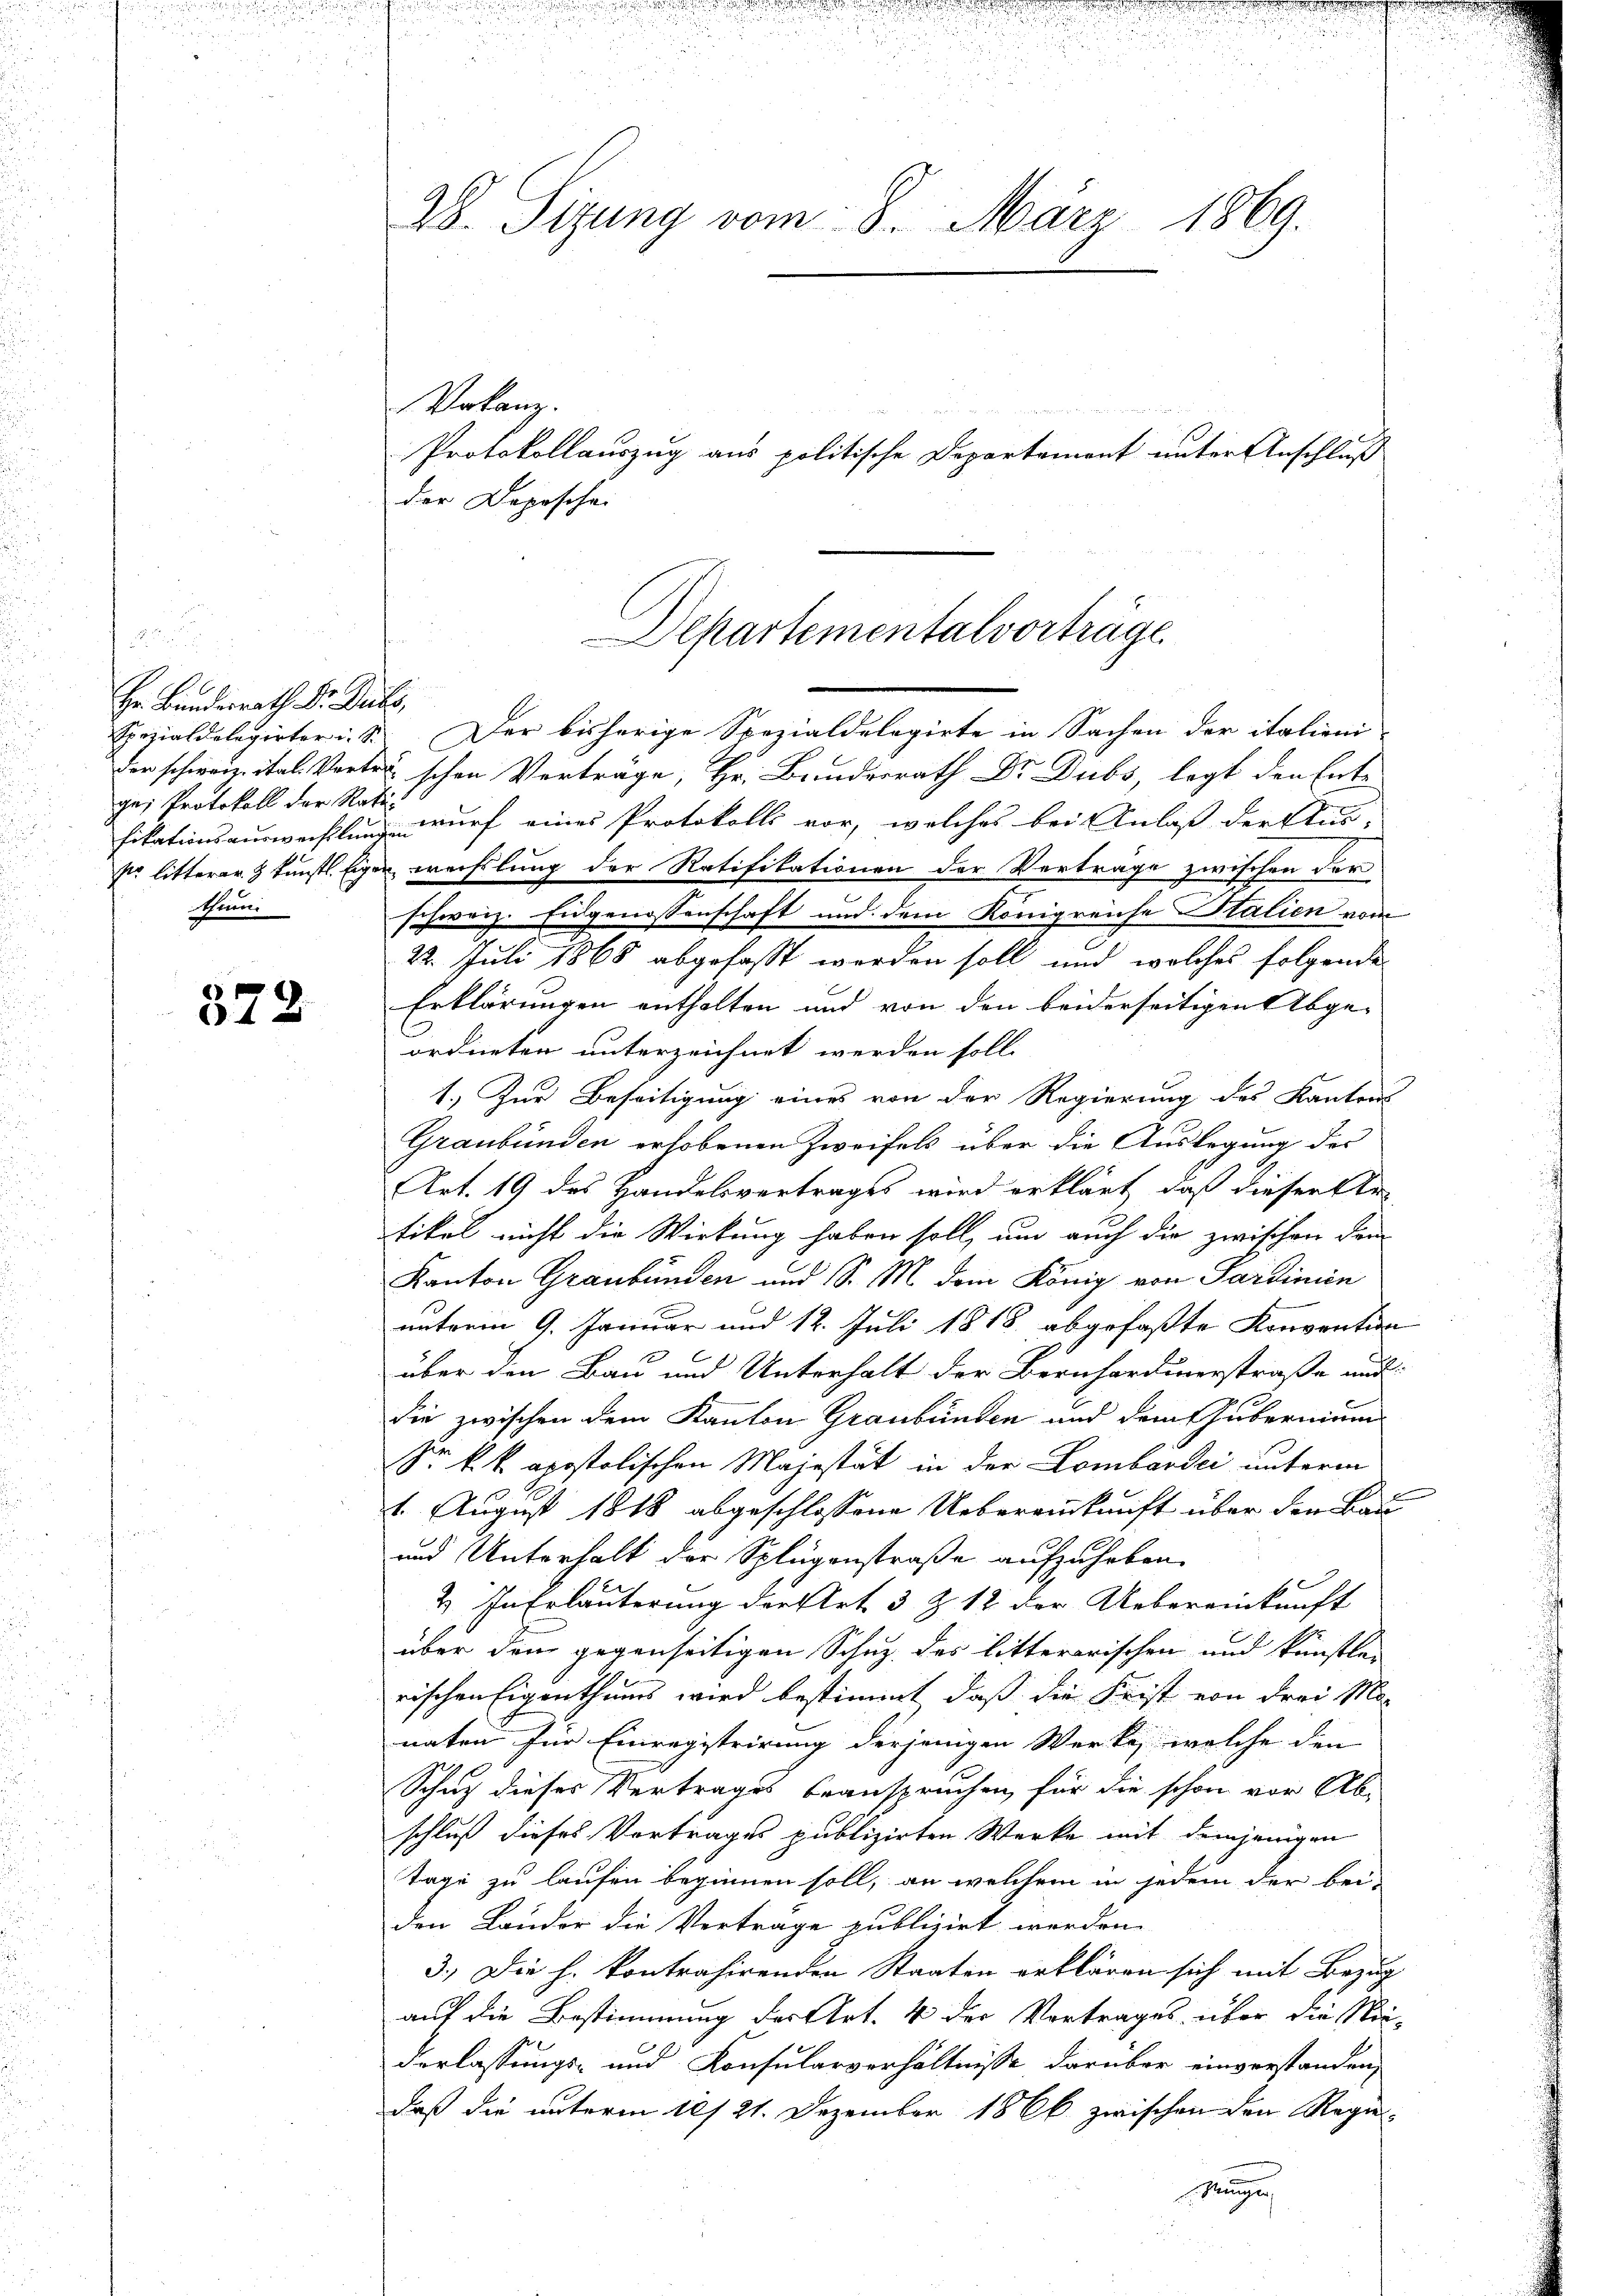
Hr. Bundesrath Dr. Dubs,
ge; Protokoll der Ratiiun

378

28. Sizung vom 8. März 1869.

Volanz.
der Depesche

Protokollauszug aus politische Departement unter Anschluß

Spezialdelegirter i. B. Der bisherige Spezialdelegirte in Sachen der italieni-
der schweiz. ital. Vortet schon Vorträge, Hr. Bundesrath Dr. Dubs, legt den Ent-
2
fikationsauswechslung wurf eines Protokolls vor, welches bei Anlaß der Aus-
so litterer & Kunst. Eigen wechslung der Ratifikationen der Verträge zwischen der
schweiz. Eidgenossenschaft und dem Königreiche Italien vom
22. Juli 1868 abgefasst werden soll und welches folgende
Erklärungen enthalten und von den beiderseitigen Abge-
ordneten unterzeichnet werden soll.
1. Zur Beseitigung eines von der Regierung des Kantons
Graubünden erhobenen Zweifels über die Auslegung des
Art. 19 des Handelsvertrages wird erklärt, daß dieser Er-
tikel nicht die Wirkung haben soll, um auch die zwischen dem
Kanton Graubünden und S. M. dem König von Sardinien
unterm 9. Januar und 12. Juli 1818. abgefaßte Konvention
über den Bau und Unterhalt der Bernhardinerstraße mit
die zwischen dem Kanton Graubünden und dem Gubernium
Sr. k. k. apostolischen Majestät in der Lombardei unterm
1. August 1818 abgeschlossene Uebereinkunft über den Bau¬
und Unterhalt der Splügenstraße aufzuheben.
x
2. In Erläuterung der Art 3 Z. 12 der Uebereinkunft
über den gegenseitigen Schuz des litterarischen und künstler
rischen Eigenthums wird bestimmt, daß die Frist von drei Ma-
naten für Einregistrirung derjenigen Werke, welche den
Schaz dieses Vertrages beanspruchen, für die schon vor Ab-
schluß dieses Vortrages publizirten Werke mit demjenigen
tage zu laufen beginnen soll, an welchem in jedem der bei-
den Lander die Verträge publizirt werden.
3.) Die h. kontrahirenden Staaten erklären sich mit Bezug
auf die Bestimmung der Art. 4 der Vortrages, über die Nic¬
Verlassungs- und Konsularverhältnisse darüber einverstanden,
daß die unterm 16/21. Dezember 1866 zwischen den Regie¬
Mange

Departementalvorträge